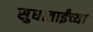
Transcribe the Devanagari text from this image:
सुधाताईंच्या